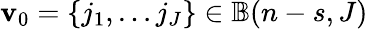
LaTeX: \mathbf{v}_{0}=\{ j_{1},\dots j_{J}\} \in\mathbb{B}(n-s,J)